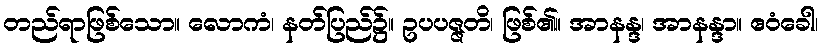
တည်ရာဖြစ်သော။ လောကံ၊ နတ်ပြည်၌။ ဥပပဇ္ဇတိ၊ ဖြစ်၏။ အာနန္ဒ၊ အာနန္ဒာ။ ဧဝံခေါ၊